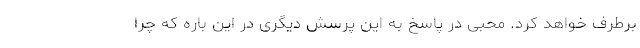
برطرف خواهد کرد. محبی در پاسخ به این پرسش دیگری در این باره که چرا